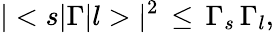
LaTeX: |<s|\Gamma|l>|^{2}\, \leq\, {\Gamma}_{s}\, {\Gamma}_{l},